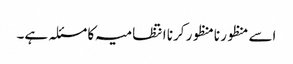
اسے منظور نامنظور کرنا انتظامیہ کا مسئلہ ہے۔